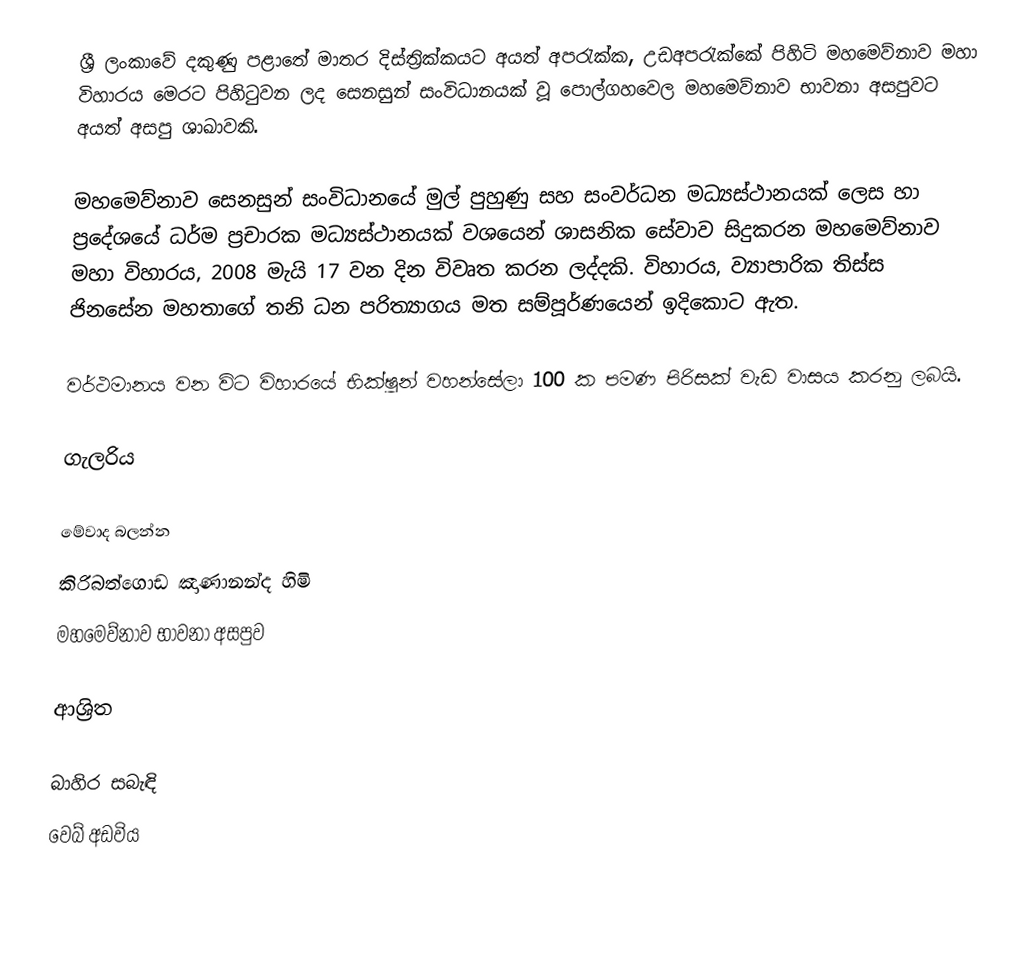
ශ්‍රී ලංකාවේ දකුණු පළාතේ මාතර දිස්ත්‍රික්කයට අයත් අපරැක්ක, උඩඅපරැක්කේ පිහිටි මහමෙව්නාව මහා විහාරය මෙරට පිහිටුවන ලද සෙනසුන් සංවිධානයක් වූ පොල්ගහවෙල මහමෙව්නාව භාවනා අසපුවට අයත් අසපු ශාඛාවකි.

මහමෙව්නාව සෙනසුන් සංවිධානයේ මුල් පුහුණු සහ සංවර්ධන මධ්‍යස්ථානයක් ලෙස හා ප්‍රදේශයේ ධර්ම ප්‍රචාරක මධ්‍යස්ථානයක් වශයෙන් ශාසනික සේවාව සිදුකරන මහමෙව්නාව මහා විහාරය, 2008 මැයි 17 වන දින විවෘත කරන ලද්දකි. විහාරය, ව්‍යාපාරික තිස්ස ජිනසේන මහතාගේ තනි ධන පරිත්‍යාගය මත සම්පූර්ණයෙන් ඉදිකොට ඇත.

වර්ථමානය වන විට විහාරයේ භික්ෂූන් වහන්සේලා 100 ක පමණ පිරිසක් වැඩ වාසය කරනු ලබයි.

ගැලරිය

මේවාද බලන්න
කිරිබත්ගොඩ ඤාණානන්ද හිමි
මහමෙව්නාව භාවනා අසපුව

ආශ්‍රිත

බාහිර සබැඳි
වෙබ් අඩවිය